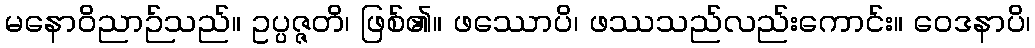
မနောဝိညာဉ်သည်။ ဥပ္ပဇ္ဇတိ၊ ဖြစ်၏။ ဖဿောပိ၊ ဖဿသည်လည်းကောင်း။ ဝေဒနာပိ၊